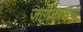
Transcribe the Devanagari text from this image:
जाणकारांची